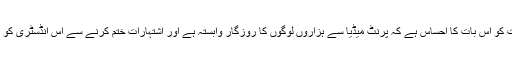
انہوں نے مزید کہا کہ حکومت کو اس بات کا احساس ہے کہ پرنٹ میڈیا سے ہزاروں لوگوں کا روزگار وابستہ ہے اور اشتہارات ختم کرنے سے اس انڈسٹری کو ناقابلِ تلافی نقصان پہنچے گا۔